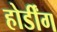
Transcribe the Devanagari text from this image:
होर्डींग